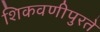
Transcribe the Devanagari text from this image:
शिकवणीपुरते